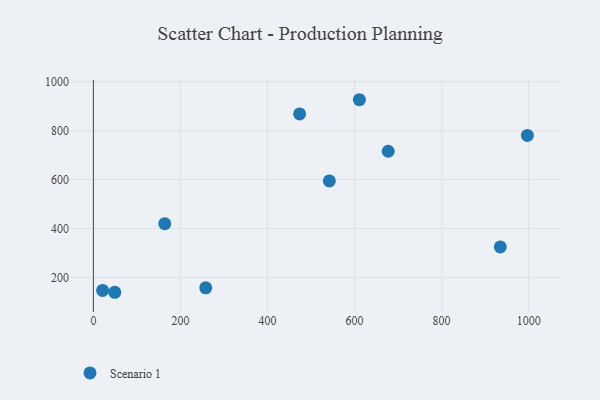
{"axis": {"x": "Speed", "y": "Profit"}, "legend": ["Scenario 1"], "data": [{"x": "163.9", "y": 419.7, "type": "Scenario 1"}, {"x": "49.1", "y": 139.0, "type": "Scenario 1"}, {"x": "542.0", "y": 594.6, "type": "Scenario 1"}, {"x": "611.1", "y": 926.5, "type": "Scenario 1"}, {"x": "997.0", "y": 780.6, "type": "Scenario 1"}, {"x": "677.3", "y": 715.7, "type": "Scenario 1"}, {"x": "934.8", "y": 324.5, "type": "Scenario 1"}, {"x": "21.2", "y": 146.4, "type": "Scenario 1"}, {"x": "473.7", "y": 868.6, "type": "Scenario 1"}, {"x": "258.1", "y": 157.3, "type": "Scenario 1"}]}